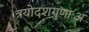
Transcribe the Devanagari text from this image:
त्रयोदशगुणाःअ